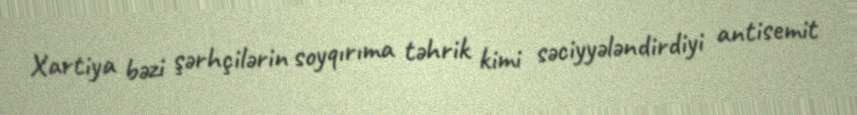
Xartiya bəzi şərhçilərin soyqırıma təhrik kimi səciyyələndirdiyi antisemit